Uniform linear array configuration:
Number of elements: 16
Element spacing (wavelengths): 0.25
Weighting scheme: blackman
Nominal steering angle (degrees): -45
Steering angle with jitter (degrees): -44.022
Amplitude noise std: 0.05
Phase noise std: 0.05

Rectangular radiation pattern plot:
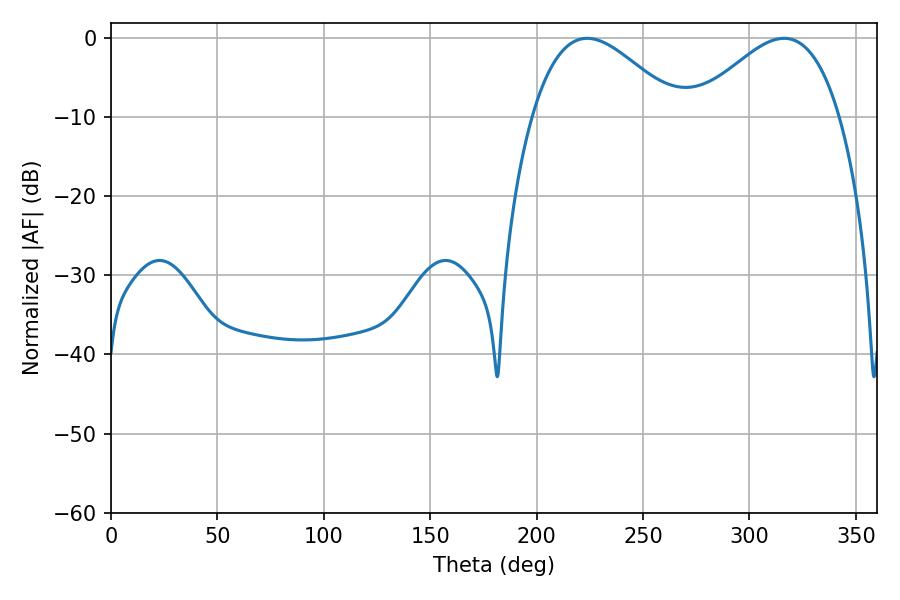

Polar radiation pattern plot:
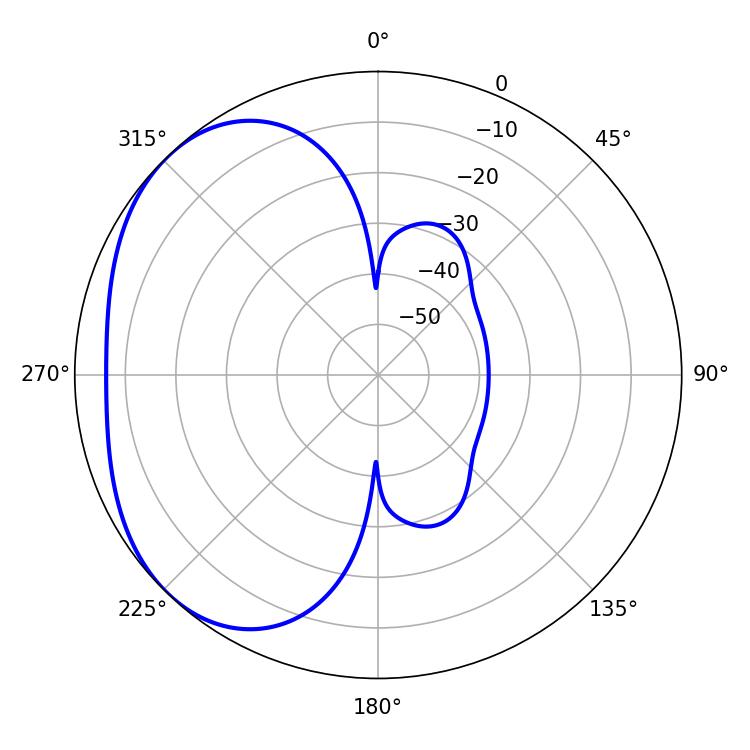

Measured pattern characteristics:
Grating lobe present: FALSE
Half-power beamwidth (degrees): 36.9
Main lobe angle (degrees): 223.74